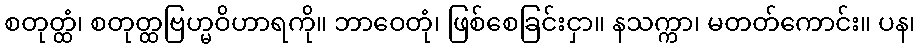
စတုတ္ထံ၊ စတုတ္ထဗြဟ္မဝိဟာရကို။ ဘာဝေတုံ၊ ဖြစ်စေခြင်းငှာ။ နသက္ကာ၊ မတတ်ကောင်း။ ပန၊